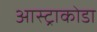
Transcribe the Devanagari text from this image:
आस्ट्राकोडा